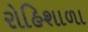
રોહિશાળા